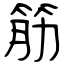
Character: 筋